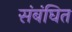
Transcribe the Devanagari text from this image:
संबंघित